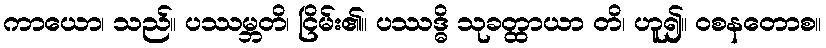
ကာယော၊ သည်။ ပဿမ္ဘတိ၊ ငြိမ်း၏။ ပဿဒ္ဓိ သုခတ္ထာယာ တိ၊ ဟူ၍။ ဝစနတောစ။